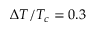
\Delta T / T _ { c } = 0 . 3